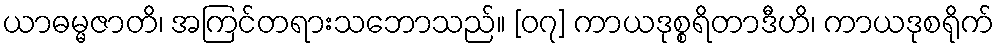
ယာဓမ္မဇာတိ၊ အကြင်တရားသဘောသည်။ [၀၇] ကာယဒုစ္စရိတာဒီဟိ၊ ကာယဒုစရိုက်